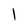
Character: l